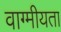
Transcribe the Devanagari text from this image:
वाग्मीयता